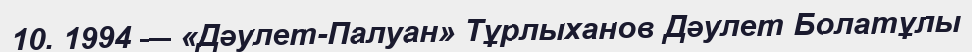
10. 1994 — «Дәулет-Палуан» Тұрлыханов Дәулет Болатұлы